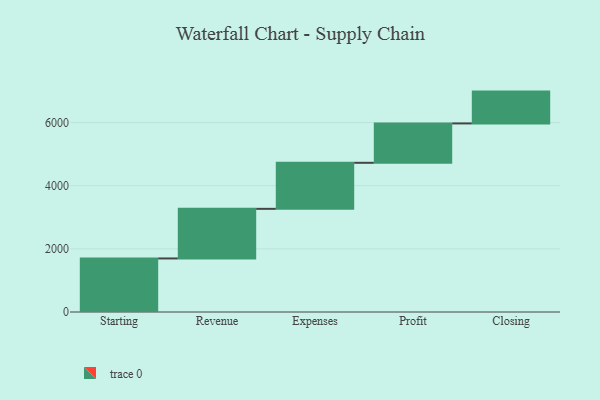
{"axis": {"x": "Step", "y": "Value"}, "legend": [""], "data": [{"x": "Starting", "y": 1696.0, "type": ""}, {"x": "Revenue", "y": 1571.0, "type": ""}, {"x": "Expenses", "y": 1458.0, "type": ""}, {"x": "Profit", "y": 1247.0, "type": ""}, {"x": "Closing", "y": 1008.0, "type": ""}]}